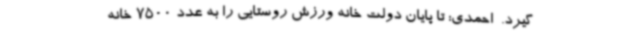
گیرد. ‌ احمدی: تا پایان دولت خانه ورزش روستایی را به عدد 7500 خانه